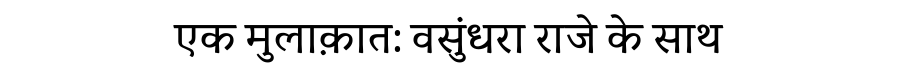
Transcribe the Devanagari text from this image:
एक मुलाक़ात: वसुंधरा राजे के साथ